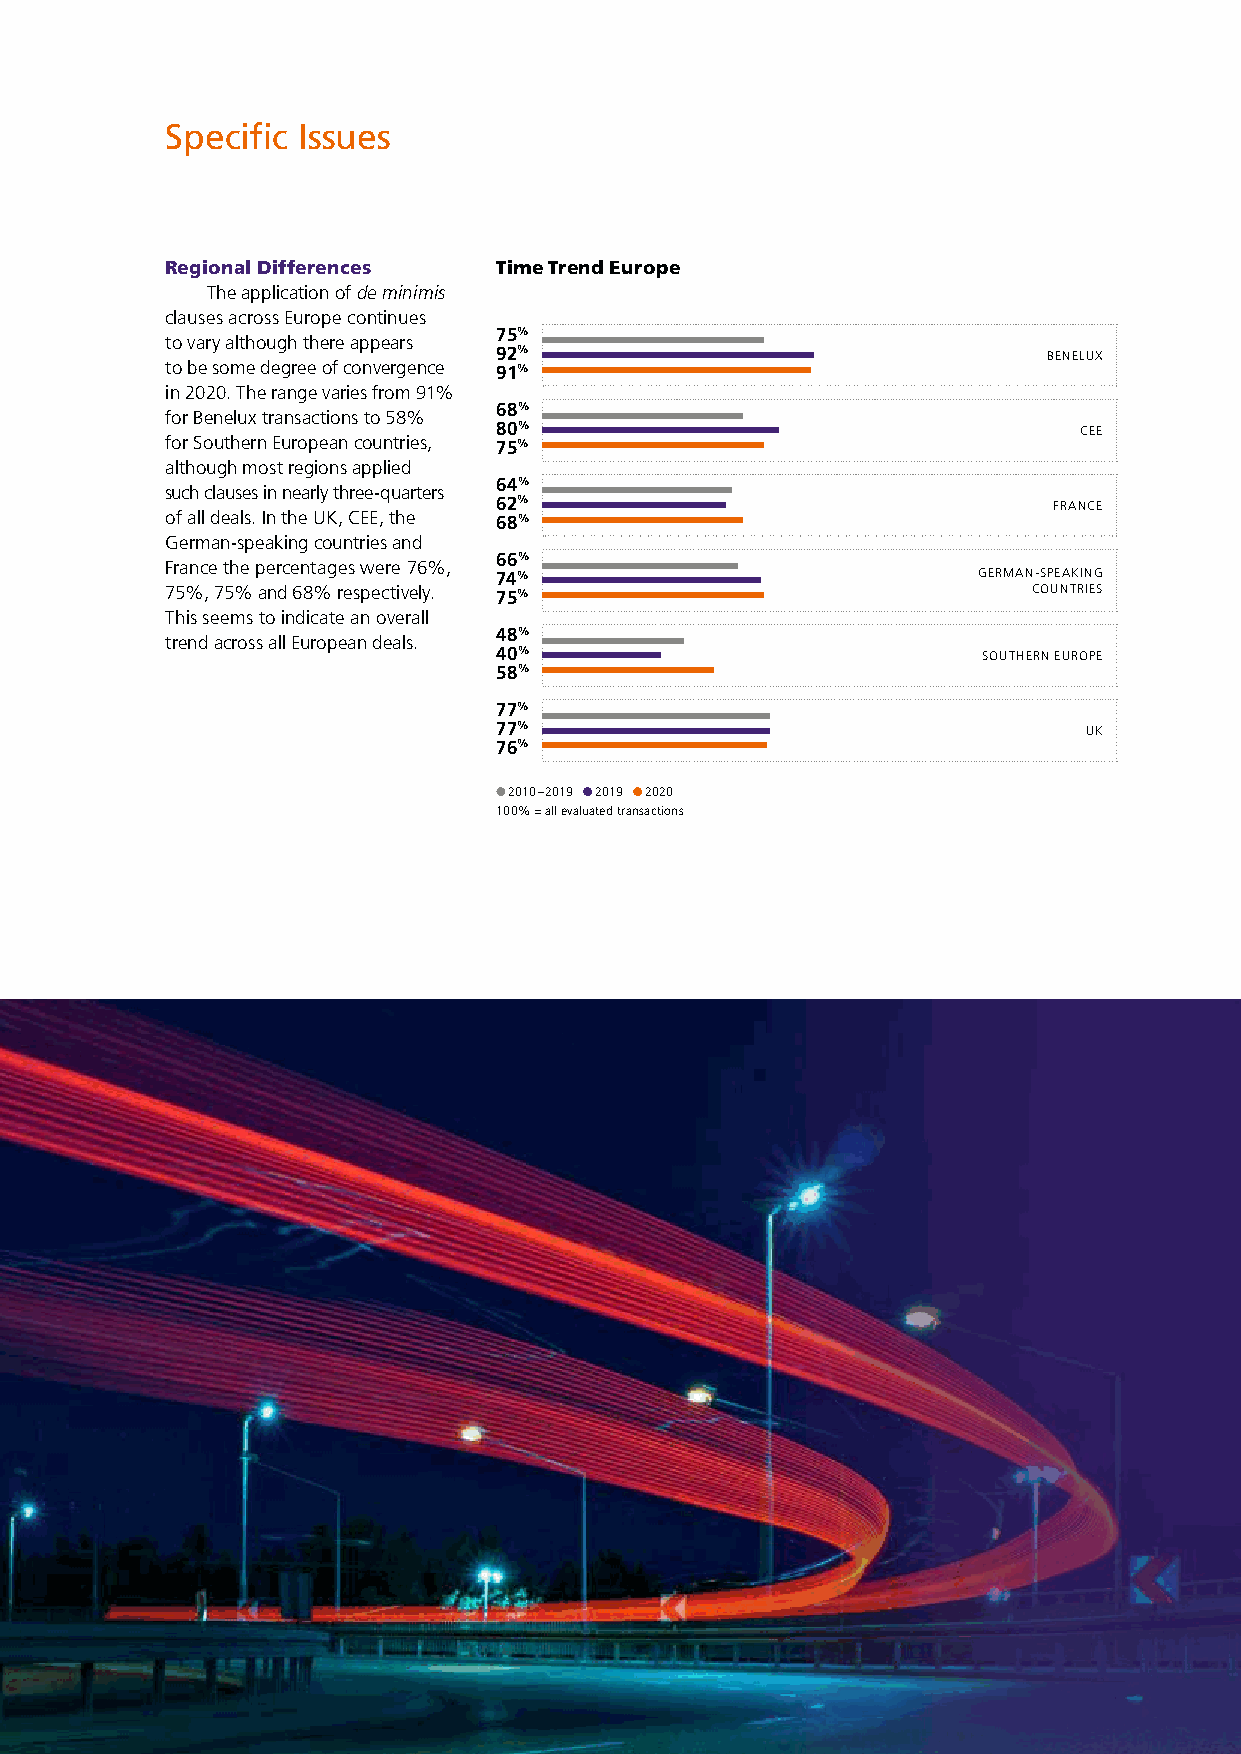
Specific Issues
 Regional Differences  Time Trend Europe
 The application of de minimis
 clauses across Europe continues
 75%
 to vary although there appears
 92%                                 BENELUX
 to be some degree of convergence 91%
 in 2020. The range varies from 91%
 68%
 for Benelux transactions to 58%
 80%                                   CEE
 for Southern European countries, 75%
 although most regions applied
 64%
 such clauses in nearly three-quarters
 62%                                  FRANCE
 of all deals. In the UK, CEE, the 68%
 German-speaking countries and
 66%
 France the percentages were 76%,
 74%                             GERMAN-SPEAKING
 75%, 75% and 68% respectively. 75%                       COUNTRIES
 This seems to indicate an overall
 48%
 trend across all European deals.
 40%                             SOUTHERN EUROPE
 58%
 77%
 77%                                    UK
 76%
 2010 – 2019 2019 2020
 100 % = all evaluated transactions